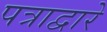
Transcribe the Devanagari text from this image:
पत्राद्वारे